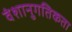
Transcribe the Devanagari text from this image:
वंशानुगतिकता